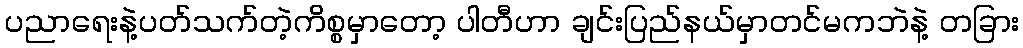
ပညာရေးနဲ့ပတ်သက်တဲ့ကိစ္စမှာတော့ ပါတီဟာ ချင်းပြည်နယ်မှာတင်မကဘဲနဲ့ တခြား